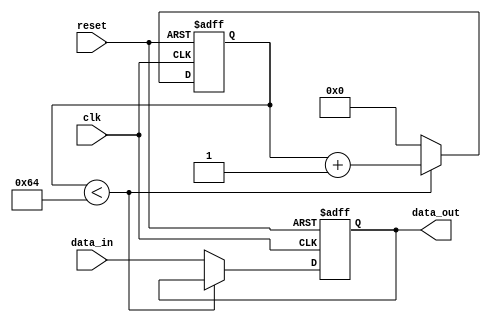
module timing_control_and_synchronization (
  input wire clk,
  input wire reset,
  input wire data_in,
  output reg data_out
);

reg [31:0] delay_counter;

always @ (posedge clk or posedge reset) begin
  if (reset) begin
    delay_counter <= 32'b0;
    data_out <= 1'b0;
  end else begin
    if (delay_counter < 32'd100) begin // Adjust the delay value as needed
      delay_counter <= delay_counter + 32'd1;
    end else begin
      delay_counter <= 32'd0;
      data_out <= data_in;
    end
  end
end

endmodule